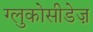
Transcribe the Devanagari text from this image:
ग्लुकोसीडेज़